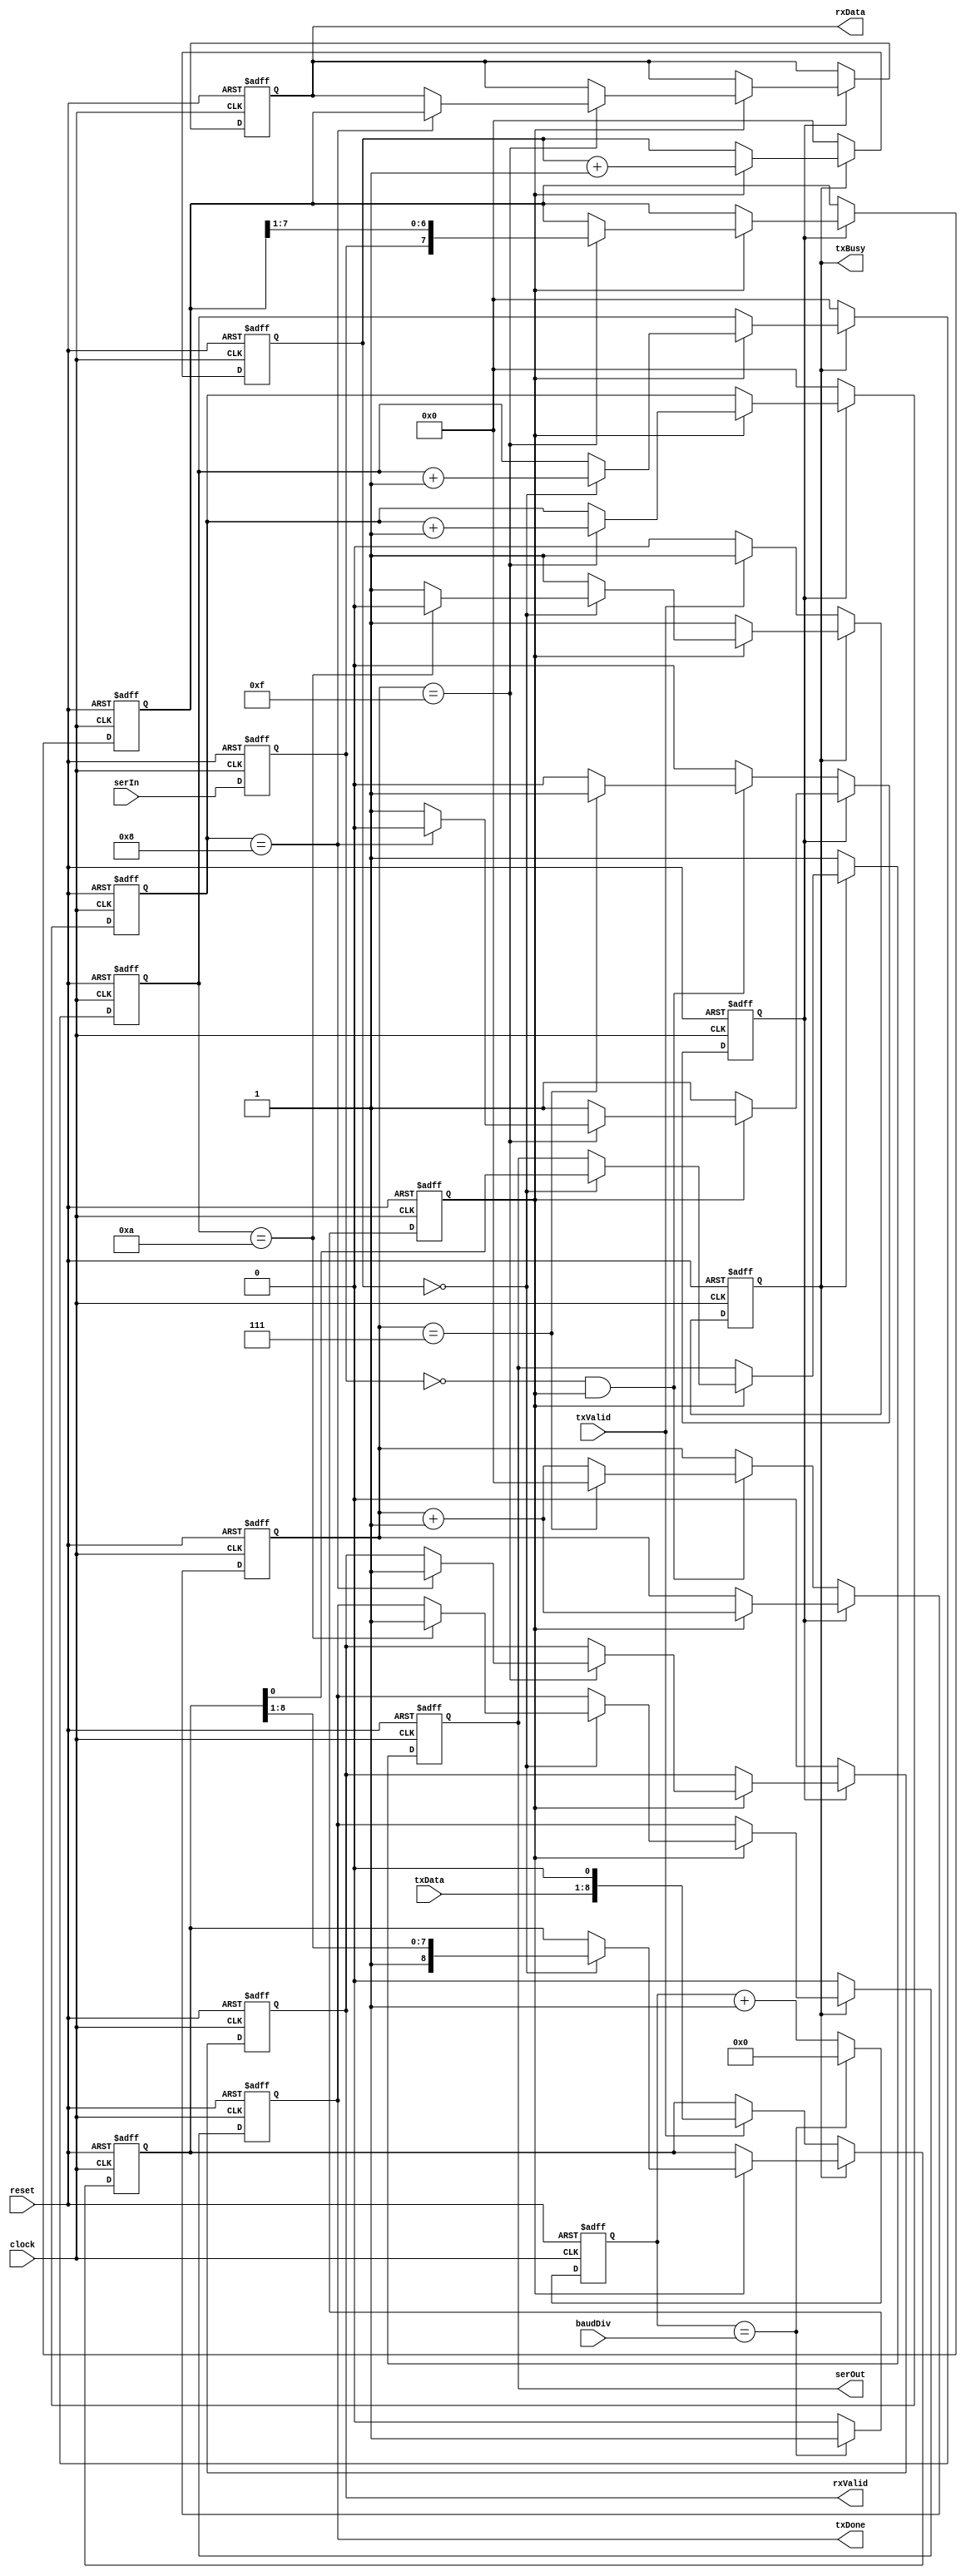
//---------------------------------------------------------------------------------------
// uart top level module  
//
//---------------------------------------------------------------------------------------

module uart 
(
	clock, reset,
	serIn, serOut,
	txData, txValid, 
	txBusy, txDone, 
	rxData, rxValid, 
	baudDiv
);
//---------------------------------------------------------------------------------------
// module interfaces 
// global signals 
input 			clock;		// global clock input 
input 			reset;		// global reset input 
// uart serial signals 
input			serIn;		// serial data input 
output			serOut;		// serial data output 
// transmit and receive internal interface signals 
input	[7:0]	txData;		// data byte to transmit 
input			txValid;	// asserted to indicate that there is a new data byte for transmission 
output 			txBusy;		// signs that transmitter is busy 
output			txDone;		// transmitter done pulse 
output	[7:0]	rxData;		// data byte received 
output 			rxValid;	// signs that a new byte was received 
// baud rate configuration register 
input	[15:0]	baudDiv;	// baud rate setting register = round(clock_freq/baud_rate/16) - 1

//---------------------------------------------------------------------------------------
// internal declarations 
// registered output 
reg serOut, txBusy, txDone, rxValid;
reg [7:0] rxData;

// internals 
reg [8:0] txShiftReg;
reg [7:0] rxShiftReg;
reg [3:0] txBaudCnt, txBitCnt, rxBaudCnt, rxBitCnt;
reg [15:0] baudCount;
reg baudCE16, sserIn, rxBusy;

//---------------------------------------------------------------------------------------
// module implementation 
// transmitter control process 
always @ (posedge reset or posedge clock)
begin 
	if (reset) 
	begin 
		txBusy <= 1'b0;
		txDone <= 1'b0;
		txShiftReg <= 9'b0;
		serOut <= 1'b1;
		txBaudCnt <= 4'b0;
		txBitCnt <= 4'b0;
	end 
	else if (!txBusy) 
	begin 
		// check if transmitter operation should start 
		if (txValid) 
		begin 
			// register the data shift register and assert the transmitter busy flag 
			txShiftReg <= {txData, 1'b0};
			txBusy <= 1'b1;
		end 
			
		// defaults 
		serOut <= 1'b1;
		txDone <= 1'b0;
		txBaudCnt <= 4'b0;
		txBitCnt <= 4'b0;
	end 
	else if (baudCE16) 
	begin 
		// check if next bit should be sent out 
		if (txBaudCnt == 4'b0) 
		begin 
			//check if this is the last bit 
			if (txBitCnt == 4'd10) 
			begin 
				// clear the busy flag and pulse done flag 
				txBusy <= 1'b0;
				txDone <= 1'b1;
			end 
			
			// update the bit counter 
			txBitCnt <= txBitCnt + 4'd1;
			
			// update the serial output and shift register 
			serOut <= txShiftReg[0];
			txShiftReg <= {1'b1, txShiftReg[8:1]};
		end 
		
		// update the baud clock counter 
		txBaudCnt <= txBaudCnt + 4'd1;
	end 
end 

// receiver control process 
always @ (posedge reset or posedge clock)
begin 
	if (reset) 
	begin 
		rxBusy <= 1'b0;
		rxShiftReg <= 8'b0;
		rxBaudCnt <= 4'b0;
		rxBitCnt <= 4'b0;
		rxData <= 8'b0;
		rxValid <= 1'b0;
	end 
	else if (!rxBusy) 
	begin 
		// check start bit 
		if (!sserIn && baudCE16) 
		begin 
			// check if the serial input is zero for 8 baudCE16 cycles 
			if (rxBaudCnt == 4'd7)
			begin 
				// sign that receiver is busy and clear the bit counter 
				rxBusy <= 1'b1;
				rxBaudCnt <= 4'b0;
			end 
			else 
				rxBaudCnt <= rxBaudCnt + 4'd1;
		end 
		
		// defaults 
		rxBitCnt <= 4'b0;
		rxValid <= 1'b0;
	end 
	else if (baudCE16)
	begin 
		// check if bit should be sampled 
		if (rxBaudCnt == 4'd15) 
		begin 
			// update the input shift register and bit counter 
			rxShiftReg <= {sserIn, rxShiftReg[7:1]};
			rxBitCnt <= rxBitCnt + 4'd1;
			
			// check if this is the last data bit 
			if (rxBitCnt == 4'd8)
			begin 
				// sample the received data byte 
				rxData <= rxShiftReg;
				rxValid <= 1'b1;
				
				// clear receiver busy flag 
				rxBusy <= 1'b0;
			end 
		end 
		
		// update the baud clock counter 
		rxBaudCnt <= rxBaudCnt + 4'd1;
	end 
end 

// sample serial input 
always @ (posedge reset or posedge clock)
begin 
	if (reset) 
		sserIn <= 1'b0;
	else 
		sserIn <= serIn;
end 

// baud rate clock generator 
always @ (posedge reset or posedge clock)
begin 
	if (reset) 
	begin 
		baudCount <= 16'b0;
		baudCE16 <= 1'b0;
	end 
	else if (baudCount == baudDiv) 
	begin 
		// clear the divider counter and pulse the clock enable signal 
		baudCount <= 16'b0;
		baudCE16 <= 1'b1;
	end 
	else 
	begin 
		// update the clock divider counter and clear the 
		baudCount <= baudCount + 16'd1;
		baudCE16 <= 1'b0;
	end 
end 

endmodule
//---------------------------------------------------------------------------------------
//						Th.. Th.. Th.. Thats all folks !!!
//---------------------------------------------------------------------------------------